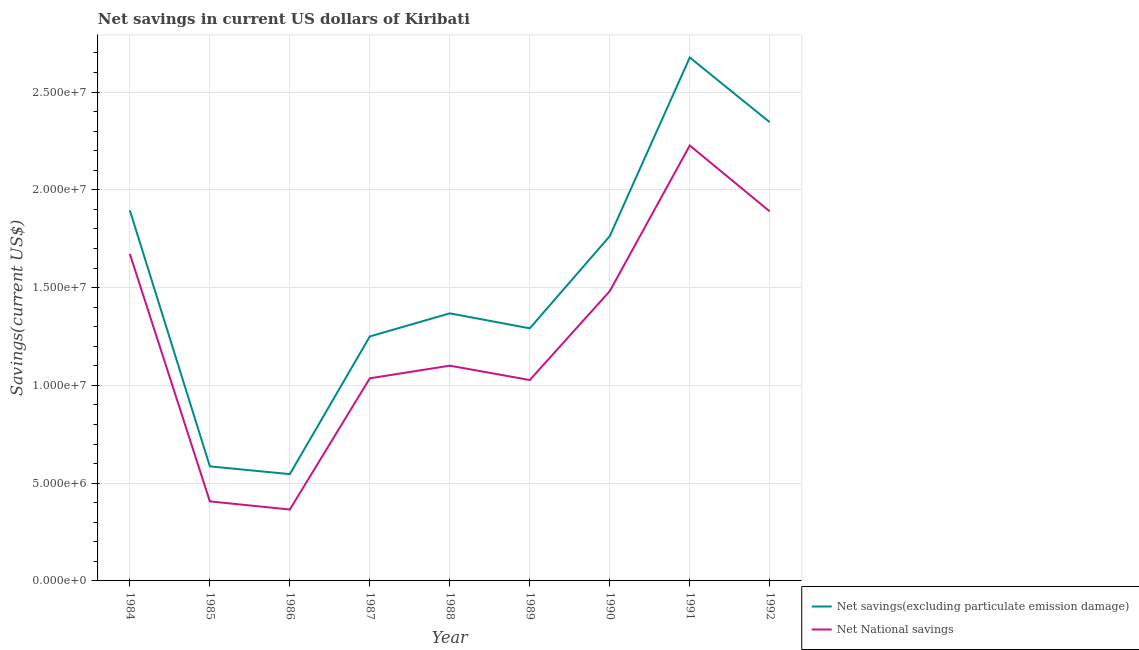
| Year | Net savings(excluding particulate emission damage) | Net National savings |
 | --- | --- | --- |
 | 1984 | 1.89e+07 | 1.67e+07 |
 | 1985 | 5.86e+06 | 4.07e+06 |
 | 1986 | 5.46e+06 | 3.65e+06 |
 | 1987 | 1.25e+07 | 1.04e+07 |
 | 1988 | 1.37e+07 | 1.1e+07 |
 | 1989 | 1.29e+07 | 1.03e+07 |
 | 1990 | 1.76e+07 | 1.48e+07 |
 | 1991 | 2.68e+07 | 2.23e+07 |
 | 1992 | 2.35e+07 | 1.89e+07 |